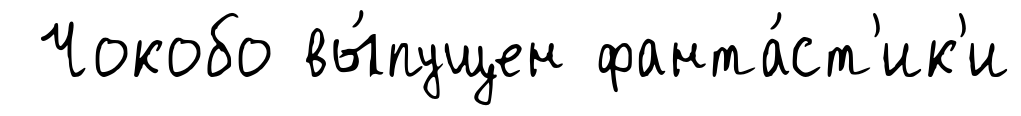
Чокобо вы́пущен фанта́ст'ик'и